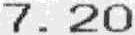
7.20